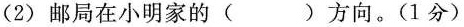
(2)邮局在小明家的( )方向。(1分)